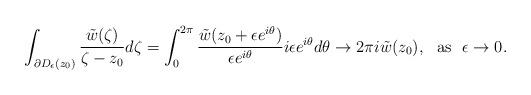
LaTeX: \begin{align*}\int_{\partial D_{\epsilon}(z_{0})}\frac{\tilde{w}(\zeta)}{\zeta - z_{0}}d \zeta =\int_{0}^{2\pi} \frac{\tilde{w}(z_{0}+\epsilon e^{i\theta})}{\epsilon e^{i\theta}}i\epsilon e^{i\theta}d\theta \to 2\pi i \tilde{w}(z_{0}), \ \ \mbox{as} \ \ \epsilon \to 0.\end{align*}